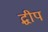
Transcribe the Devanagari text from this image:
द्धीप